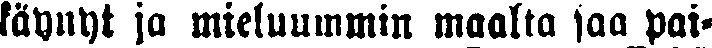
käynyt ja mieluummin maalta saa pai-